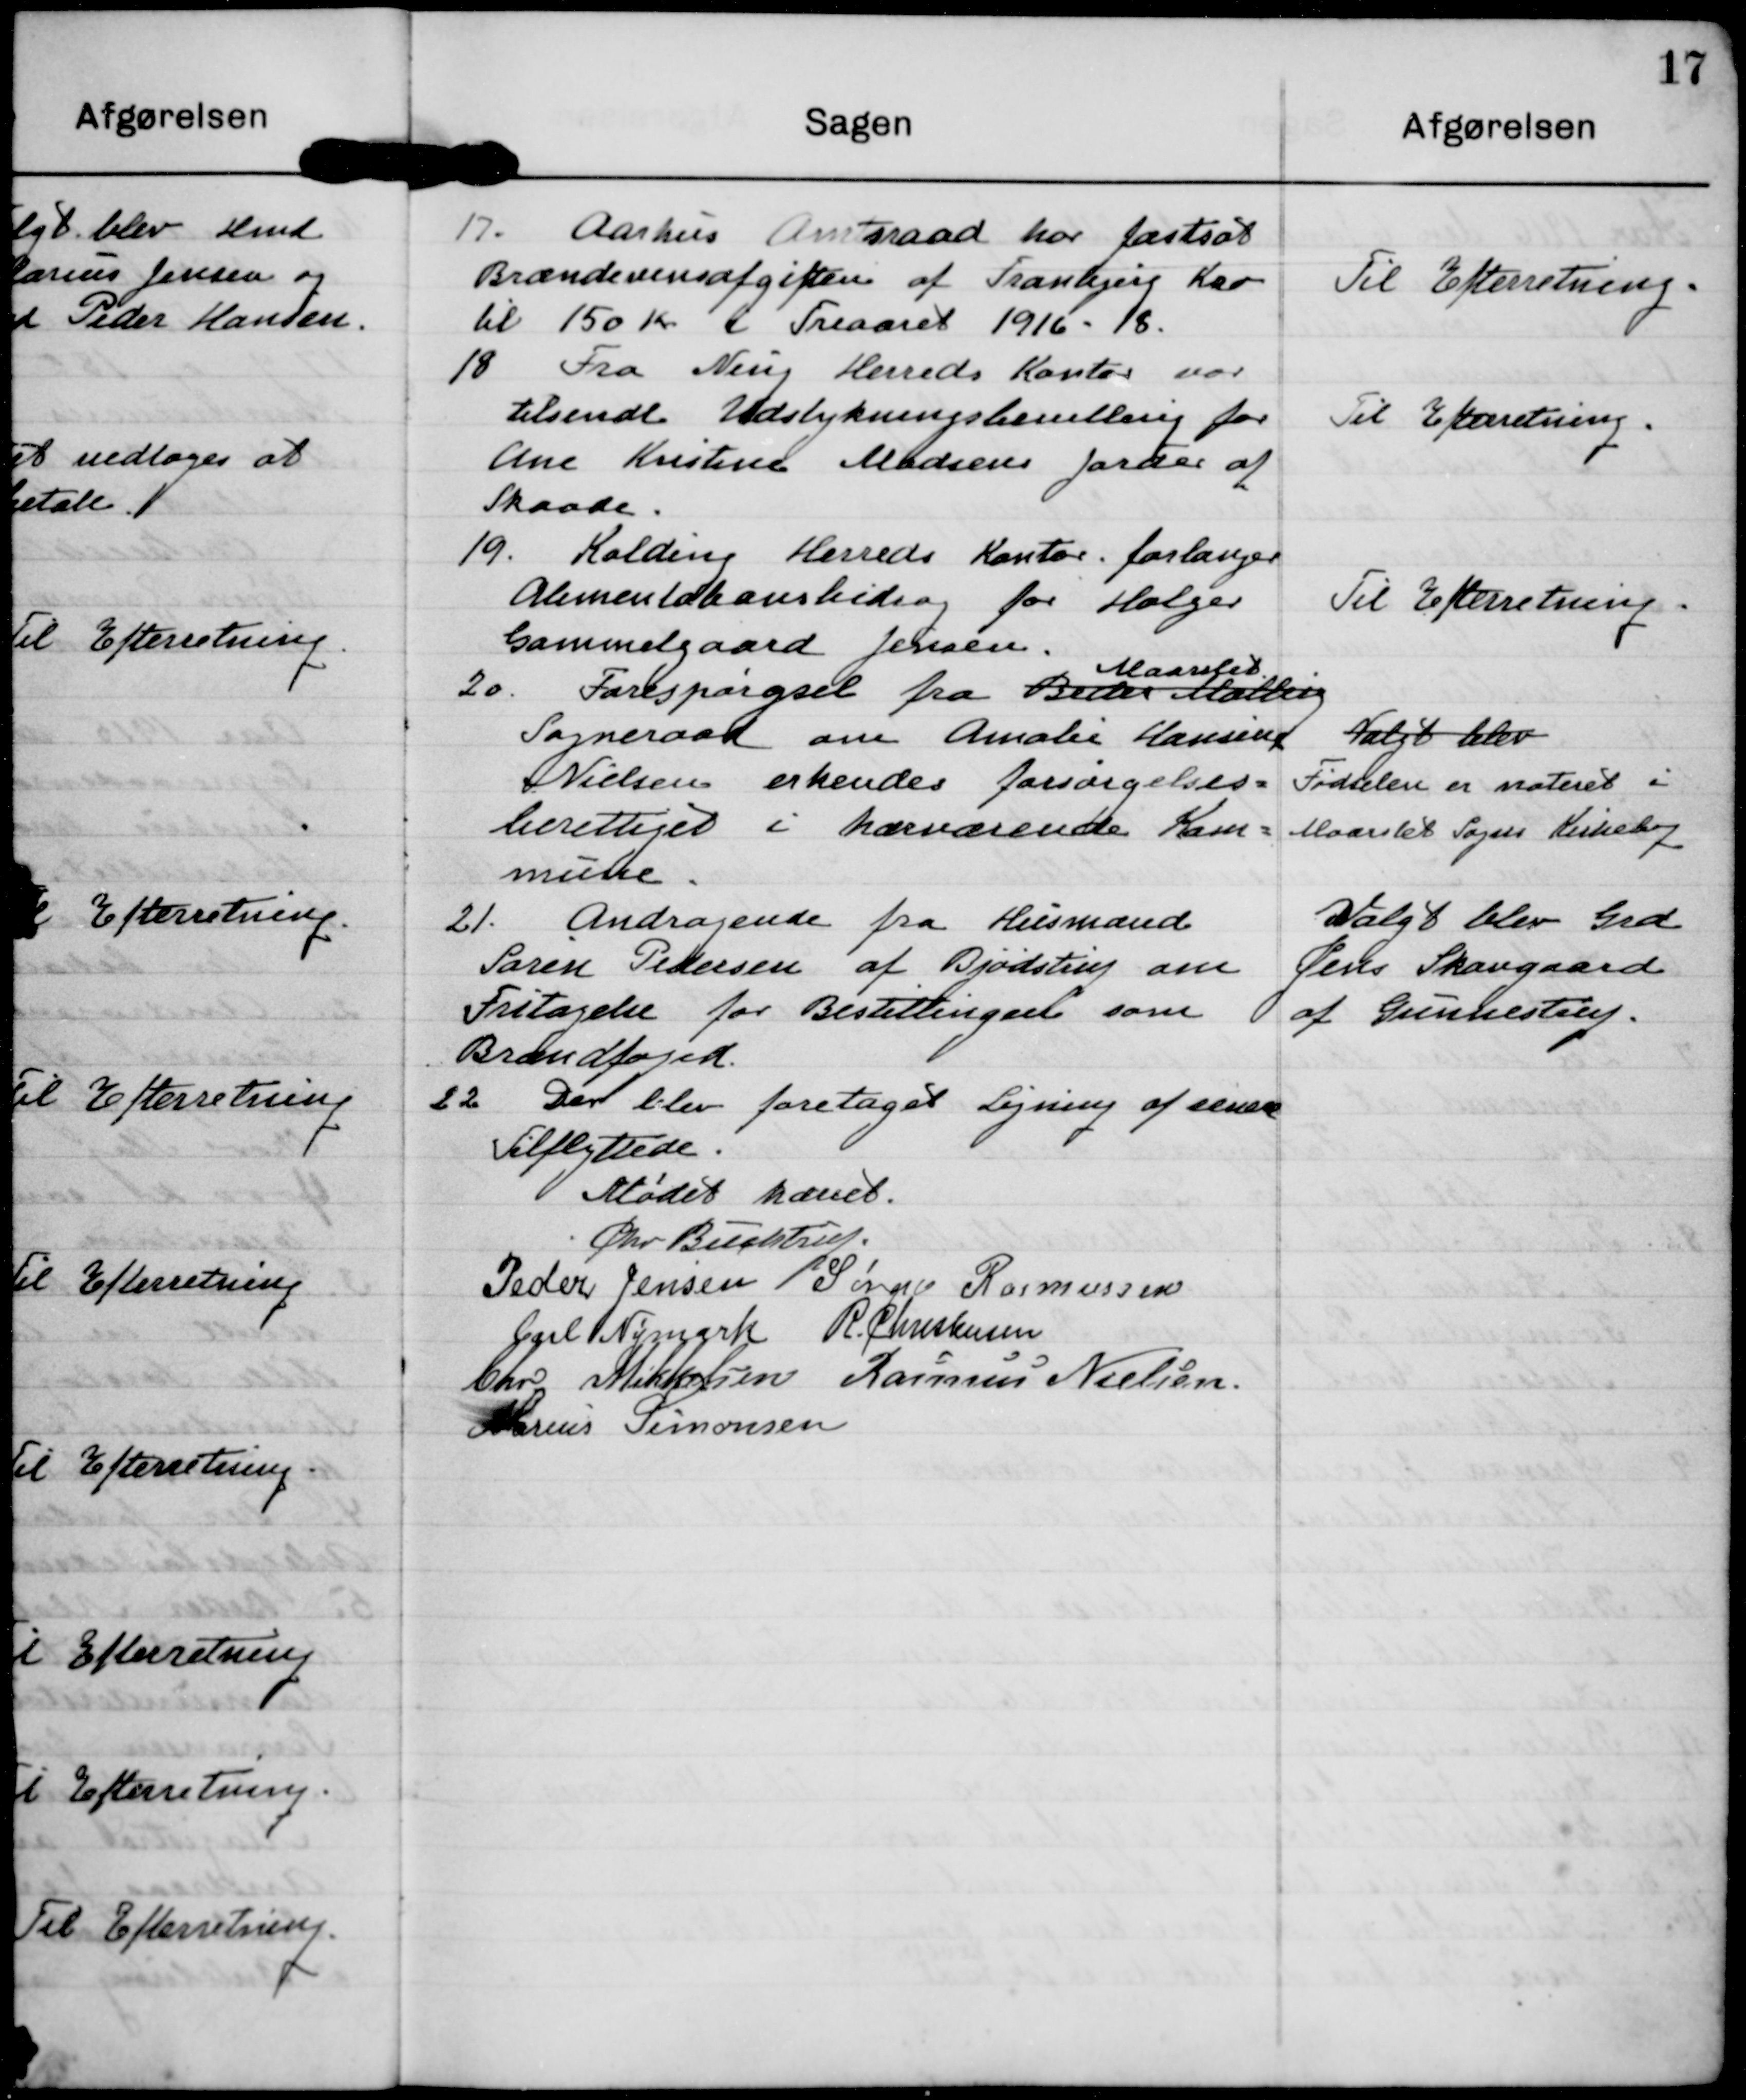
Transskription:
17. Aarhus Amtsraad har fastsat
Brændevensafgiften af Tranbjerg Kær
til 150 Kr f Treaaret 1916 - 18

Til Efterretning.

18. Fra Ning Herreds Kontor var
tilsendt Udstykningsbevilling for
Ane Kristine Madsens Jorder af
Skaade.

Til Efterretning.

19. Kolding Herreds Kontor forlænger
Alimentationsbidrag for Holger
Gammelgaard Jensen.

Til Efterretning.

20. Forespørgsel fra Beder Malling
Maarslet
Sogneraad om Amalie Hansine
Nielsen erkendes forsørgelses=
berettiget i hærværende Kom=
mune.

valgt blev
Fødselen er noteret i
Maarslet Sogns Kirkebog

21. Andragende fra Husmand
Søren Pedersen af Bjødstrup om
Fritagelse for Bestillingen som
Brandfoged.

Valgt blev Grd
Jens Skovgaard
af Gunnestrup

22. Der blev foretaget Ligning af senere
Tilflyttede.

Mødet hævet. 
Chr Buchtrup
Peder Jensen
Søren Rasmussen
Carl Nymark
R. Christensen
Chr Mikkelsen
Rasmus Nielsen
Marius Simonsen